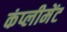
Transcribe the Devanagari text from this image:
कंप्लीमेंट